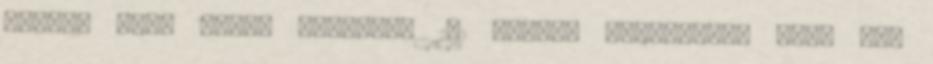
követő első héten összesen 1,1 millió példányban kelt el,